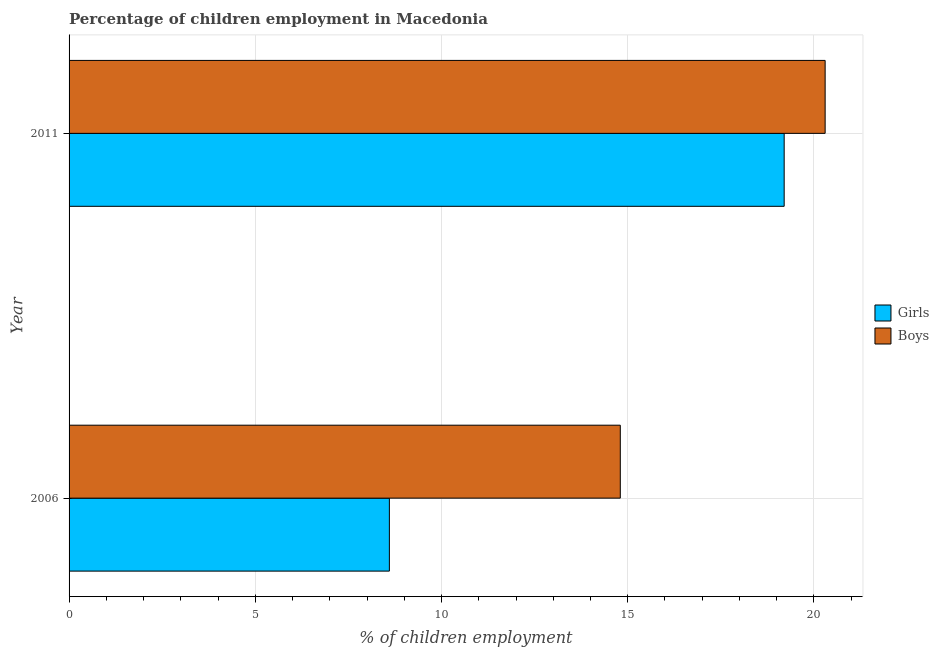
| Year | Girls | Boys |
 | --- | --- | --- |
 | 2006 | 8.6 | 14.8 |
 | 2011 | 19.2 | 20.3 |